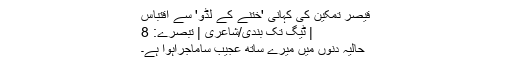
قیصر تمکین کی کہانی 'ختنے کے لڈو' سے اقتباس
| ٹیگ تُک بندی/شاعری | تبصرے: 8
حالیہ دنوں میں میرے ساتھ عجیب ساماجراہوا ہے۔